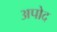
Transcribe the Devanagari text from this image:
अपोद